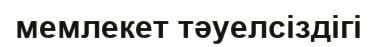
мемлекет тәуелсіздігі